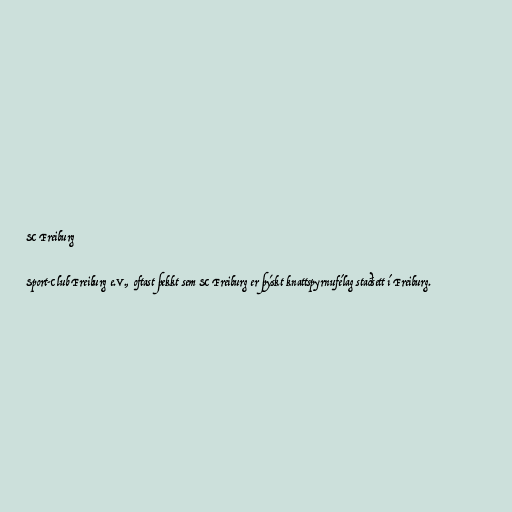
SC Freiburg

Sport-Club Freiburg e.V., oftast þekkt sem SC Freiburg er þýskt knattspyrnufélag staðsett í Freiburg.